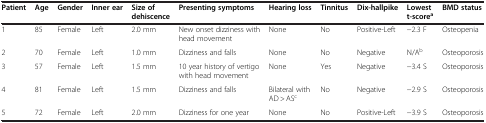
| Patient | Age | Gender | Inner ear | Size of dehiscence | Presenting symptoms | Hearing loss | Tinnitus | Dix-hallpike | Lowest t-scorea | BMD status |
 | --- | --- | --- | --- | --- | --- | --- | --- | --- | --- | --- |
 | 1 | 85 | Female | Left | 2.0 mm | New onset dizziness with head movement | None | No | Positive-Left | −2.3 F | Osteopenia |
 | 2 | 70 | Female | Left | 1.0 mm | Dizziness and falls | None | No | Negative | N/Ab | Osteoporosis |
 | 3 | 57 | Female | Left | 1.5 mm | 10 year history of vertigo with head movement | None | Yes | Negative | −3.4 S | Osteoporosis |
 | 4 | 81 | Female | Left | 1.5 mm | Dizziness and falls | Bilateral with AD > ASc | No | Negative | −2.9 S | Osteoporosis |
 | 5 | 72 | Female | Left | 2.0 mm | Dizziness for one year | None | No | Positive-Left | −3.9 S | Osteoporosis |